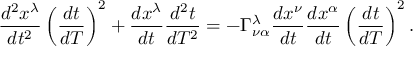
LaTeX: { \frac { d ^ { 2 } x ^ { \lambda } } { d t ^ { 2 } } } \left( { \frac { d t } { d T } } \right) ^ { 2 } + { \frac { d x ^ { \lambda } } { d t } } { \frac { d ^ { 2 } t } { d T ^ { 2 } } } = - \Gamma _ { \nu \alpha } ^ { \lambda } { \frac { d x ^ { \nu } } { d t } } { \frac { d x ^ { \alpha } } { d t } } \left( { \frac { d t } { d T } } \right) ^ { 2 } .